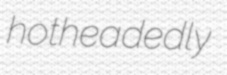
hotheadedly